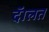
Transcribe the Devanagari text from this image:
दॅालत